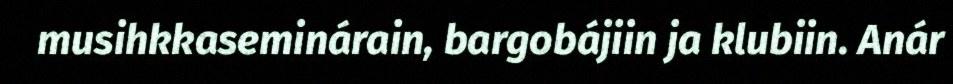
musihkkaseminárain, bargobájiin ja klubiin. Anár